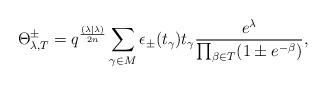
LaTeX: \begin{align*} \Theta^\pm_{\lambda, T} = q^{\frac{(\lambda | \lambda)}{2n}} \sum_{\gamma \in M}^{} \epsilon_\pm (t_\gamma) t_\gamma \frac{e^\lambda}{\prod_{\beta \in T}^{} (1 \pm e^{- \beta}) }, \end{align*}